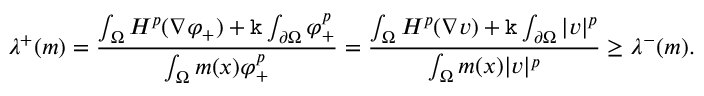
\lambda ^ { + } ( m ) = \frac { \int _ { \Omega } H ^ { p } ( \nabla \varphi _ { + } ) + \mathtt k \int _ { \partial \Omega } \varphi _ { + } ^ { p } } { \int _ { \Omega } m ( x ) \varphi _ { + } ^ { p } } = \frac { \int _ { \Omega } H ^ { p } ( \nabla v ) + \mathtt k \int _ { \partial \Omega } | v | ^ { p } } { \int _ { \Omega } m ( x ) | v | ^ { p } } \ge \lambda ^ { - } ( m ) .